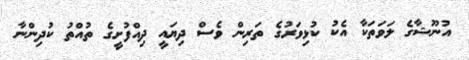
އުނޫޝާގެ ލަވަތަކާ އެކު ކުޅިވަރުގެ ތަރިން ވެސް ދިޔައީ ދިއްފުށީގެ ތުއްތު ކުދިންނާ